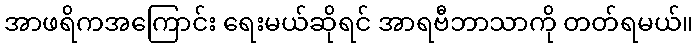
အာဖရိကအကြောင်း ရေးမယ်ဆိုရင် အာရဗီဘာသာကို တတ်ရမယ်။